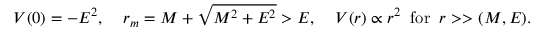
V ( 0 ) = - E ^ { 2 } , \; \; \; \; r _ { m } = M + \sqrt { M ^ { 2 } + E ^ { 2 } } > E , \; \; \; \; V ( r ) \propto r ^ { 2 } \; \; \mathrm { f o r } \; \; r > > ( M , E ) .